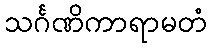
သင်္ဂဏိကာရာမတံ